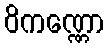
ဝိကဏ္ဏော